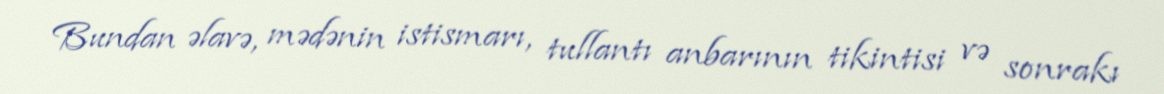
Bundan əlavə, mədənin istismarı, tullantı anbarının tikintisi və sonrakı